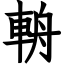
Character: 輈